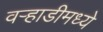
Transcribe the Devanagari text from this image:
वर्‍हाडीमध्ये